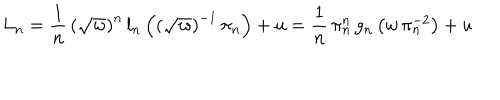
L _ { n } = \frac { 1 } { n } \, \left( \sqrt { w } \right) ^ { n } \, l _ { n } \left( \left( \sqrt { w } \right) ^ { - 1 } \, \pi _ { n } \right) + u = \frac { 1 } { n } \, \pi _ { n } ^ { n } \, g _ { n } \left( w \, \pi _ { n } ^ { - 2 } \right) + u